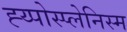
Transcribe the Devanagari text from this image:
ह्य्पोस्प्लेनिस्म